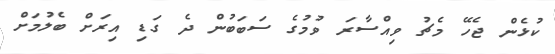
ކުޅެން ޖެހޭ މެޗު ވިއްސާރަ ވުމުގެ ސަބަބުން ދެ ގަޑި އިރަށް ބެލުމަށް